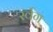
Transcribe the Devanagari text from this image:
र्स्वग